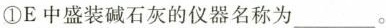
①E 中盛装碱石灰的仪器名称为___。